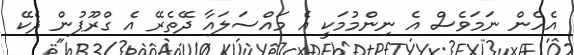
އެހެން ނަމަވެސް އެ ނިންމުމަކީ އެ މައްސަލައާ ދޭތެރޭ އެ ގްރޫޕުން ދެކޭ